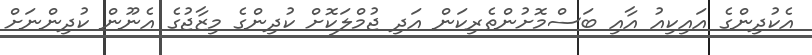
އެކުދިންގެ އައިކިއު އާއި ބަސްމޮށުންތެރިކަން އަދި ޖުމްލަކޮށް ކުދިންގެ މިޒާޖުގެ އެނޫން ކުދިންނަށް